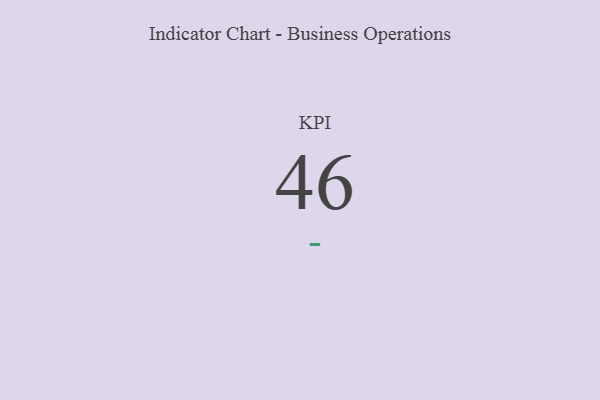
{"axis": {"x": "KPI", "y": "Value"}, "legend": [""], "data": [{"x": "KPI", "y": 46, "type": ""}]}